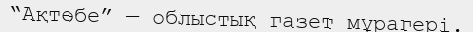
“Ақтөбе” — облыстық газет мұрагері.